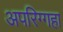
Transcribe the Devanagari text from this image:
अपरिग्गहा